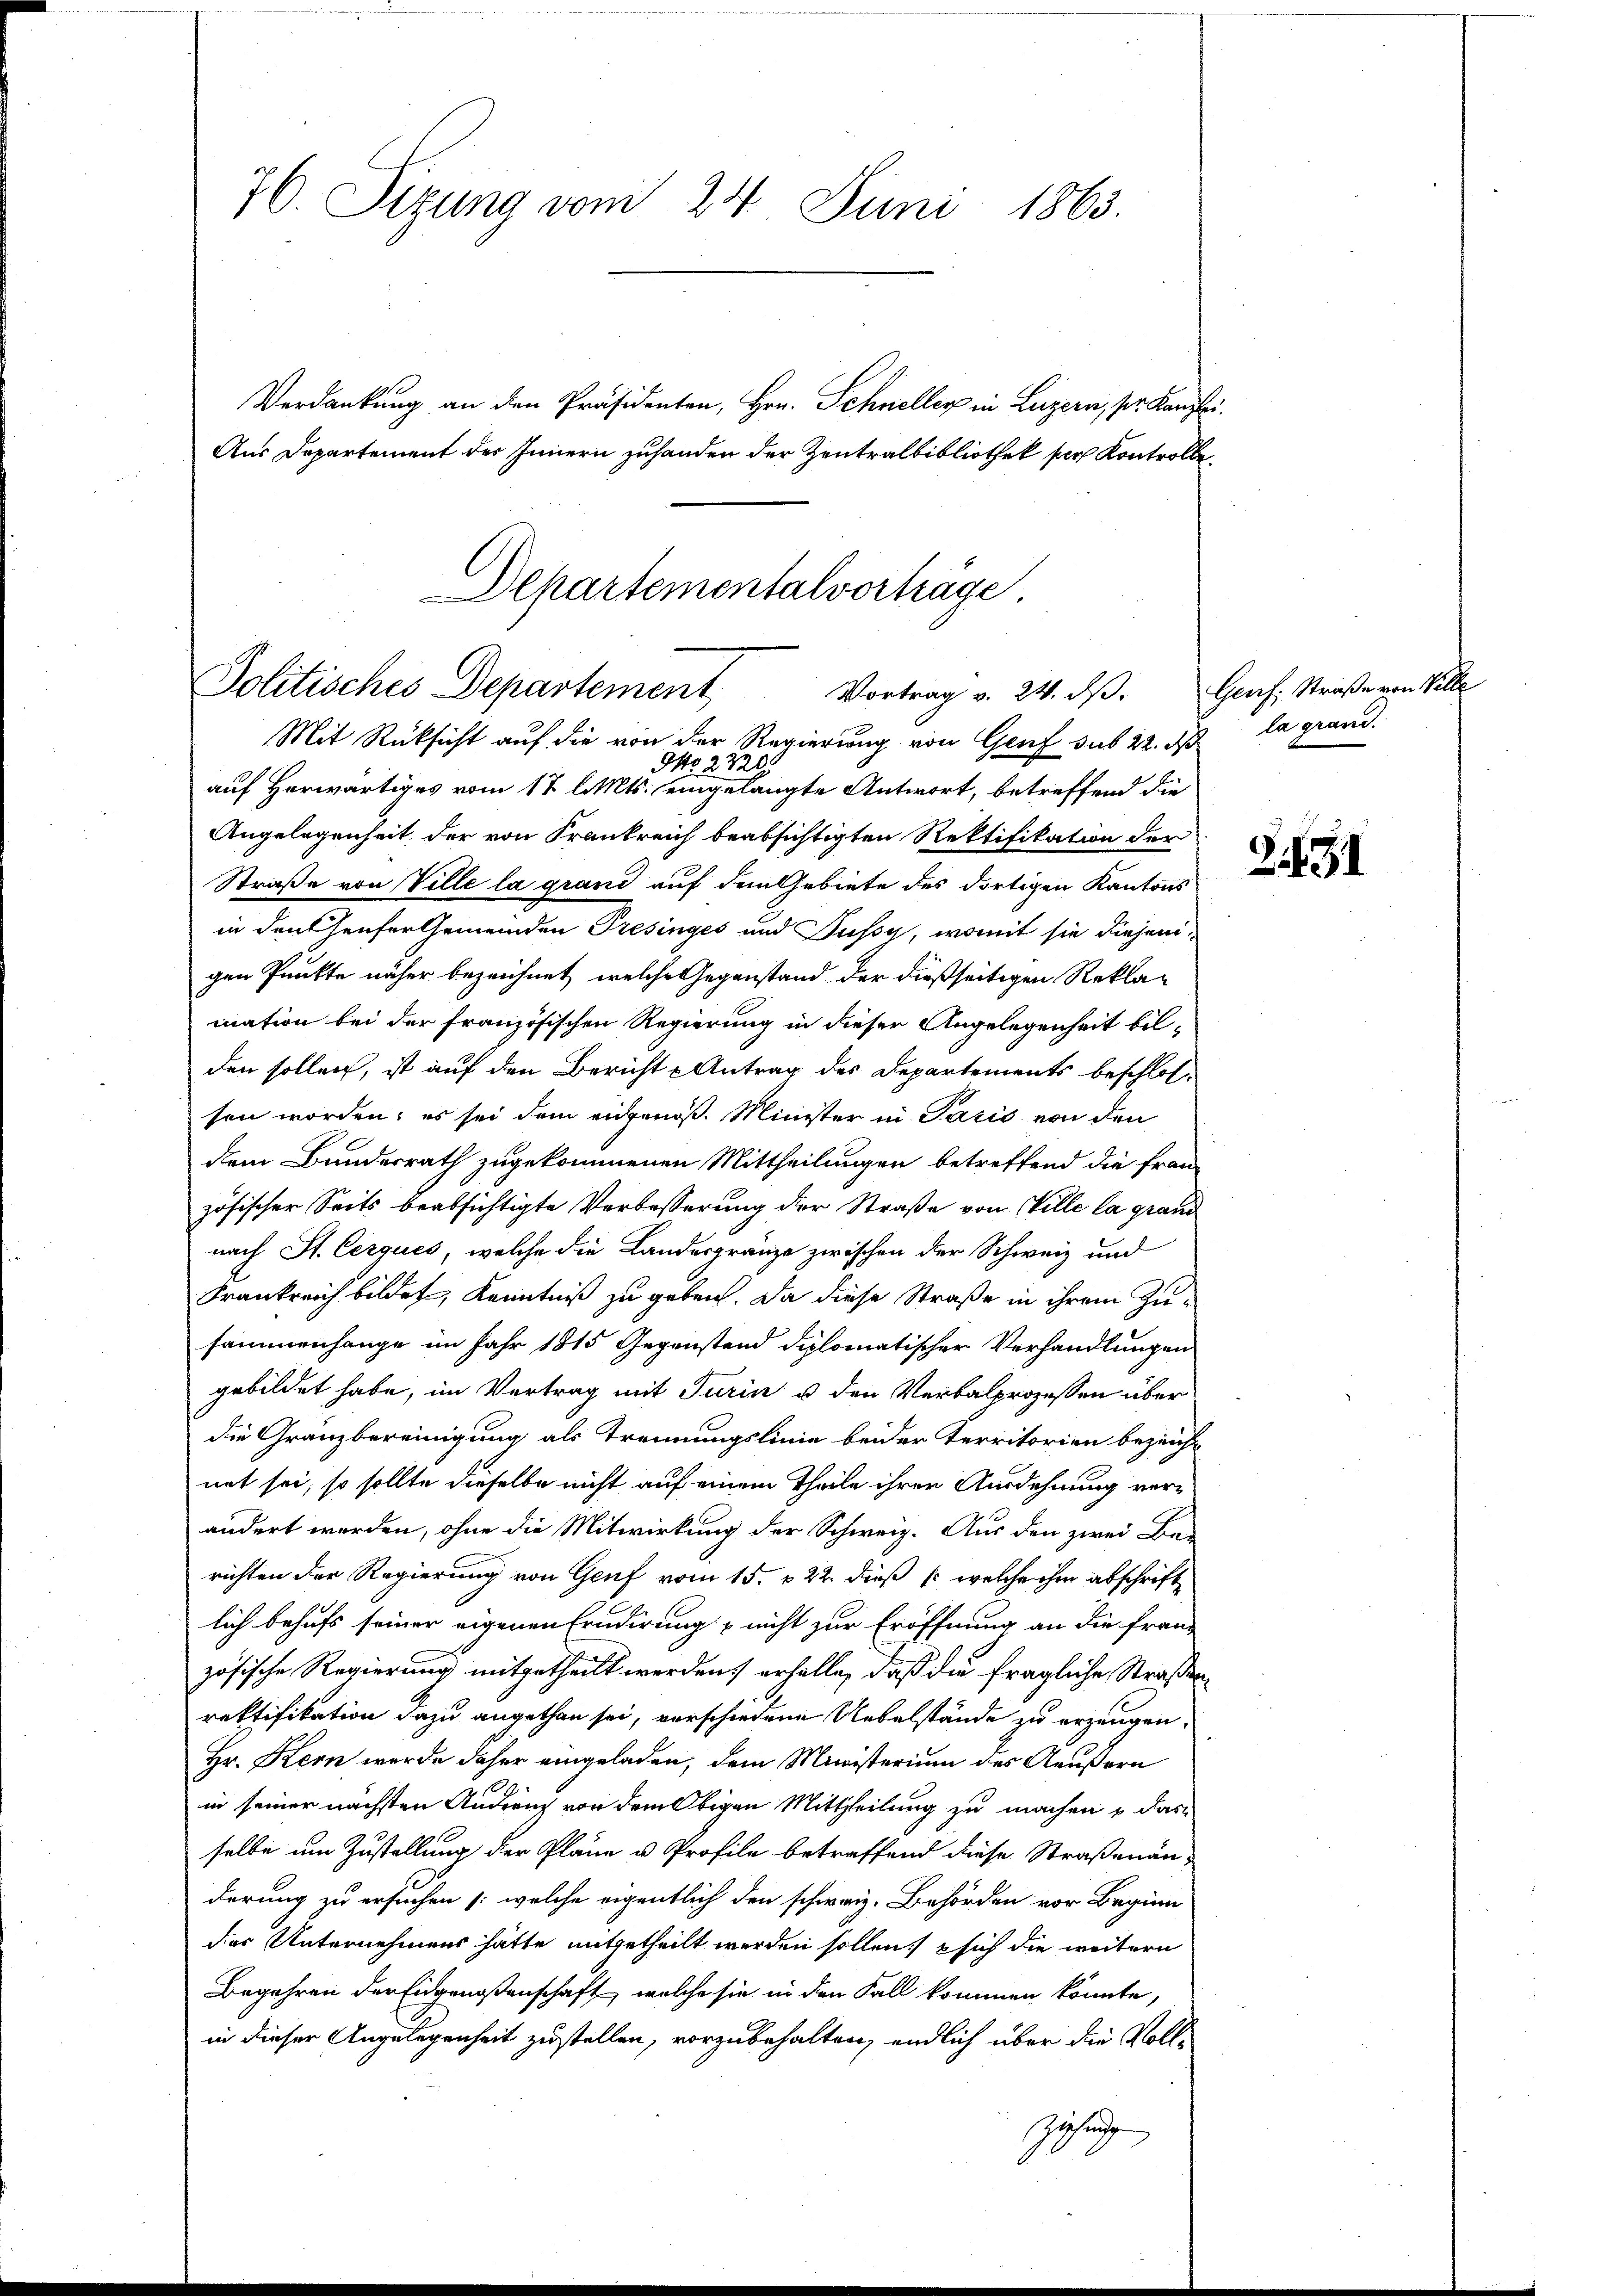
76. Sizung vom 24. Juni 1863.

Verdankung an den Präsidenten, Hrn. Schneller in Luzern, per Kanzlei.
Aus Departement des Innern zuhanden der Zentralbibliothek per Kontrolle¬

Departementalvorträge
Politisches Departement
Vortrag v. 24. dβ. Genf. Straße von Ville
Mit Rücksicht auf die von der Regierung von Genf sub 22. ds la grand¬

No 2720.
auf Herwärtiges vom 17 l. Mts. eingelangte Antwort, betreffend die
Angelegenheit der von Frankreich beabsichtigten Rektifikation der
Straße von Ville la grand auf dem Gebiete des dortigen Kantons
in Denkhaufer Gemeinden Presinges und Fussy, womit sie diesengen Punkte näher bezeichnet, welche Gegenstand der dießseitigen Reklamation bei der französischen Regierung in dieser Angelegenheit bilden sollen, ist auf den Bericht Antrag des Departements beschlossen worden; es sei dem eigenoß. Minister in Paris von den
dem Bundesrath zugekommenen Mittheilungen betreffend die fran-
zösischer Seits beabsichtigte Verbesserung der Straße von Wille la grand
nach St. Cerques, welche die Landesgränze zwischen der Schweiz und
Frankreich bildet, Kenntniß zu geben. Da diese Straße in ihrem Zusammenhange im Jahr 1815 Gegenstand diplomatischer Verhandlungen
gebildet habe, im Vertrag mit Turin u den Verbalprozessen über
die Gränzbereinigung als Trennungslinie beider Territorien bezeich-
net sei, so sollte dieselbe nicht auf einem Theile ihrer Ausdehnung verändert werden, ohne die Mitwirkung der Schweiz. Aus den zwei Be-
richten der Regierung von Genf vom 15. v. 22. dieß (welche ihm abschriftlich behufs seiner eigenen Erudirung & nicht zur Eröffnung an die Franz
zösische Regierung mitgetheilt werden) erhalte, daß die fragliche Straßenrektifikation dazu angethan sei, verschiedene Uebelstände zu erzeugen.
Hr. Kern wurde daher eingeladen, dem Ministerium des Aeußern
in seiner nächsten Andrung von dem Obigen Mittheilung zu machen u das
selbe um Zustellung der Pläne u. Profile betreffend diese Straßenanderung zu ersuchen (welche eigentlich den schweiz. Behörden vor Beginn
dier Unternehmens hätte mitgetheilt werden sollen, sich die weitern
Begehren der Eidgenoßenschaft, welche sie in den Fall kommen könnte,
in dieser Angelegenheit zustellen, vorzubehalten, endlich über die Voll¬
Ziehung

Zit 31